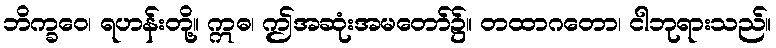
ဘိက္ခဝေ၊ ရဟန်းတို့။ ဣဓ၊ ဤအဆုံးအမတော်၌။ တထာဂတော၊ ငါဘုရားသည်။